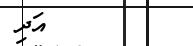
އަދި